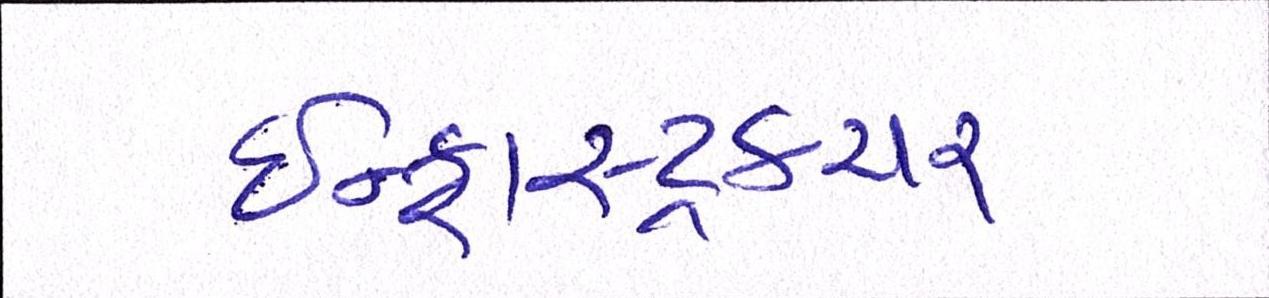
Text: ઇન્ફ્રાસ્ટ્રકચર